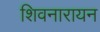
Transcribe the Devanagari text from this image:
शिवनारायन